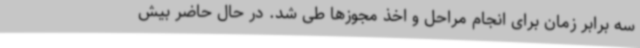
سه برابر زمان برای انجام مراحل و اخذ مجوزها طی شد. در حال حاضر بیش